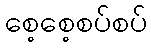
စေ့စေ့စပ်စပ်